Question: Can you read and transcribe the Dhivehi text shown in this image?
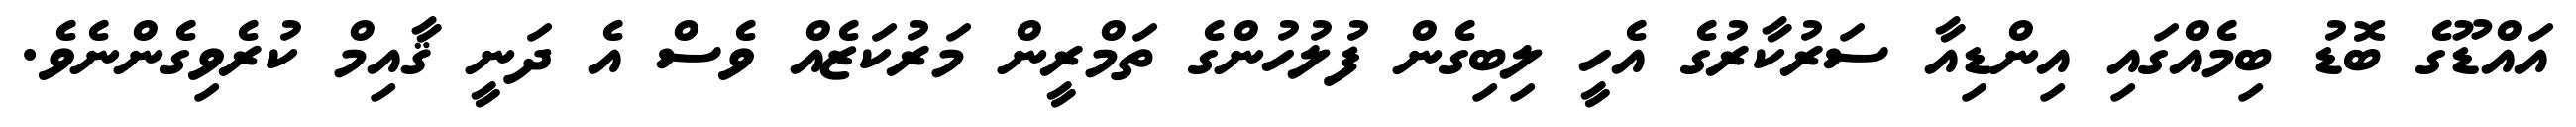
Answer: އައްޑޫގެ ބޮޑު ބިމެއްގައި އިންޑިއާ ސަރުކާރުގެ އެހީ ލިބިގެން ފުލުހުންގެ ތަމްރީން މަރުކަޒެއް ވެސް އެ ދަނީ ޤާއިމް ކުރެވިގެންނެވެ.